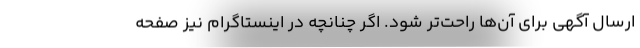
ارسال آگهی برای آن‌ها راحت‌تر شود. اگر چنانچه در اینستاگرام نیز صفحه